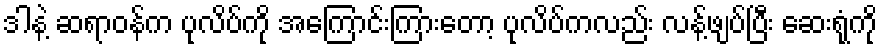
ဒါနဲ့ ဆရာဝန်က ပုလိပ်ကို အကြောင်းကြားတော့ ပုလိပ်ကလည်း လန့်ဖျပ်ပြီး ဆေးရုံကို